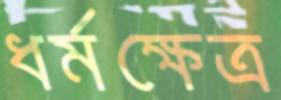
ধর্মক্ষেত্র